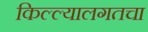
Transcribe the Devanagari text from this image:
किल्ल्यालगतचा